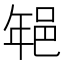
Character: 𨚽